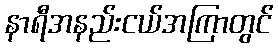
နာရီအနည်းငယ်အကြာတွင်